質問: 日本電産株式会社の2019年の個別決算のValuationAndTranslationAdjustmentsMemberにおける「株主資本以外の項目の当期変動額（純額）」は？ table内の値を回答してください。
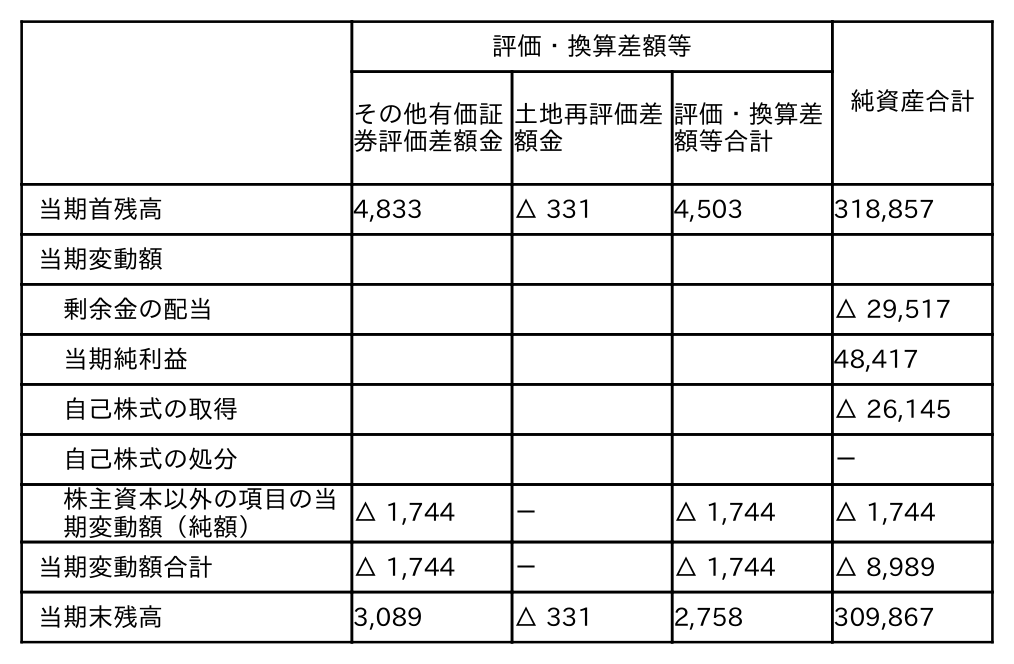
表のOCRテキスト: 評価・換算差額等 純資産合計 その他有価証 券評価差額金 土地再評価差 額金 評価・換算差 額等合計 当期首残高 4,833 △ 331 4,503 318,857 当期変動額 剰余金の配当 △ 29,517 当期純利益 48,417 自己株式の取得 △ 26,145 自己株式の処分 － 株主資本以外の項目の当 期変動額（純額） △ 1,744 － △ 1,744 △ 1,744 当期変動額合計 △ 1,744 － △ 1,744 △ 8,989 当期末残高 3,089 △ 331 2,758 309,867
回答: △1,744